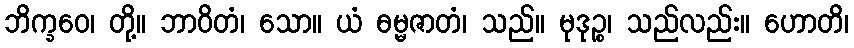
ဘိက္ခဝေ၊ တို့။ ဘာဝိတံ၊ သော။ ယံ ဓမ္မဇာတံ၊ သည်။ မုဒုဉ္စ၊ သည်လည်း။ ဟောတိ၊